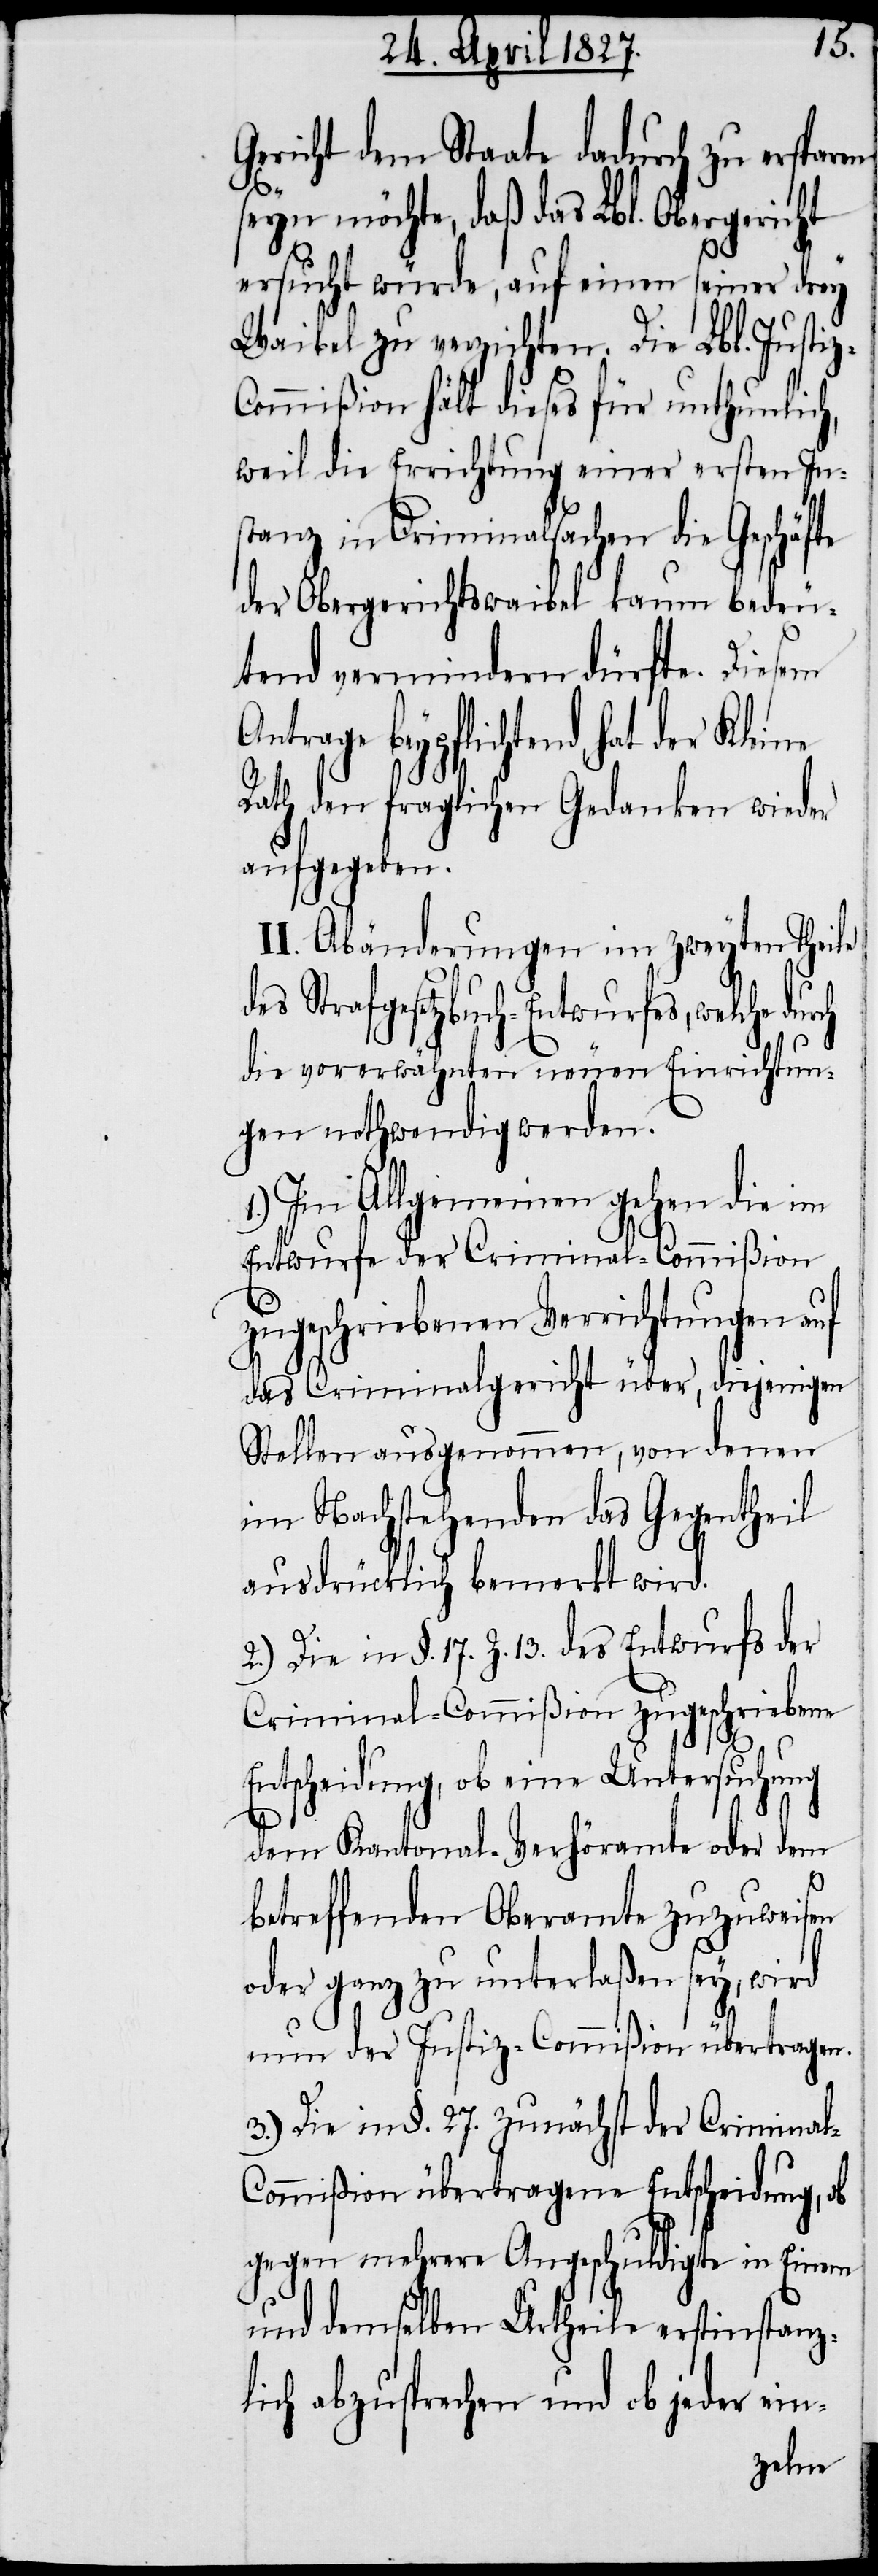
Gericht dem Staate dadurch zu ersparen
der
seyn möchte, daß das Lbl. Obergericht
ersucht würde, auf einen seiner drey
Waibel zu verzichten. Die Lbl. Justi¬
ommißion hält dieses für unthunlich,
weil die Errichtung einer ersten In¬
stanz in Criminalsachen die Geschäfte
der Obergerichtswaibel kaum bedeu¬
tend vermindern dürfte. Diesem
Antrage beypflichtend, hat
Rath den fraglichen Gedanken wieder
aufgegeben.
II. Abänderungen im zweyten Theile
des Strafgesetzbuch-Entwurfes, welche du¬
die vorerwähnten neuen Einrichtun¬
gen nothwendig werden.
1.) Im Allgemeinen gehen die im
Entwurfe der Criminal-Commißion
zugeschriebenen Verrichtungen auf
das Criminalgericht über, diejenigen
Stellen ausgenommen, von denen
im nachstehenden das Gegentheil
ausdrücklich bemerkt wird.
2.) Die in §. 17. Z. 13. des Entwurfs der
Criminal-Commißion zugeschriebene
rch
Entscheidung, ob eine Untersuchung
dem Kantonal-Verhöramte oder dem
betreffenden Oberamt zuzuweisen
oder ganz zu unterlaßen sey, wird
nun der Justiz-Commißion übertragen.
3.) Die in §. 27. zunächst der Crimina¬
l-Commißion übertragene Entscheidung, ob
gegen mehrere Angeschuldigte im Einen
und demselben Urtheile erstinstanz¬
lich abzusprechen und ob jeder ein-